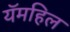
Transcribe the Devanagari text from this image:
यॅमहिल